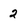
Character: 2